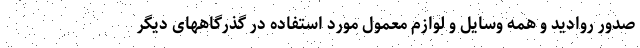
صدور روادید و همه وسایل و لوازم معمول مورد استفاده در گذرگاههای دیگر